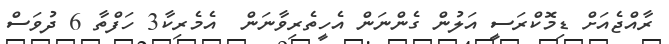
ރާއްޖެއަށް ޑިމޮކްރަސީ އަލުން ގެންނަން އެހީތެރިވާނަން  އެމެރިކާ3 ހަފްތާ 6 ދުވަސް